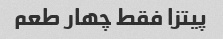
پیتزا فقط چهار طعم‌